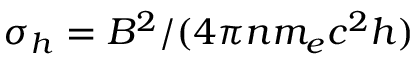
\sigma _ { h } = B ^ { 2 } / ( 4 \pi n m _ { e } c ^ { 2 } h )